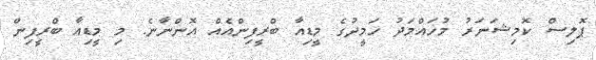
ޕޮލިސް ކޮމިޝަނަރު މުހައްމަދު ހަމީދުގެ މީޑިއާ ބްރީފިންއެއް އޮންނާނެ. މި މީޑިއާ ބްރީފިން